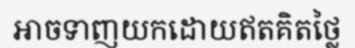
អាចទាញយកដោយឥតគិតថ្លៃ